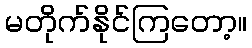
မတိုက်နိုင်ကြတော့။